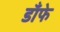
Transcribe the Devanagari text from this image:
डाँफे